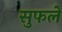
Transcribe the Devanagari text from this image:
सुफले